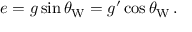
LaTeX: e = g \sin \theta _ { \mathrm { W } } = g ^ { \prime } \cos \theta _ { \mathrm { W } } \, .